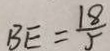
B E = \frac { 1 8 } { 5 }